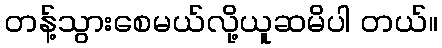
တန့်သွားစေမယ်လို့ယူဆမိပါ တယ်။